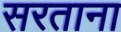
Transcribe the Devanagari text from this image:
सरताना